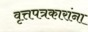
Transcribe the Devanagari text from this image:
वृत्तपत्रकारांना